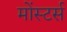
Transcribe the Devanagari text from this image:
मोंस्टर्स